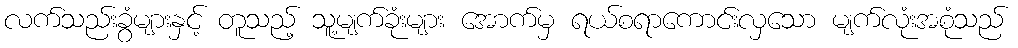
လက်သည်းခွံများနှင့် တူသည့် သူ့မျက်ခုံးများ အောက်မှ ရယ်စရာကောင်းလှသော မျက်လုံးအစုံသည်